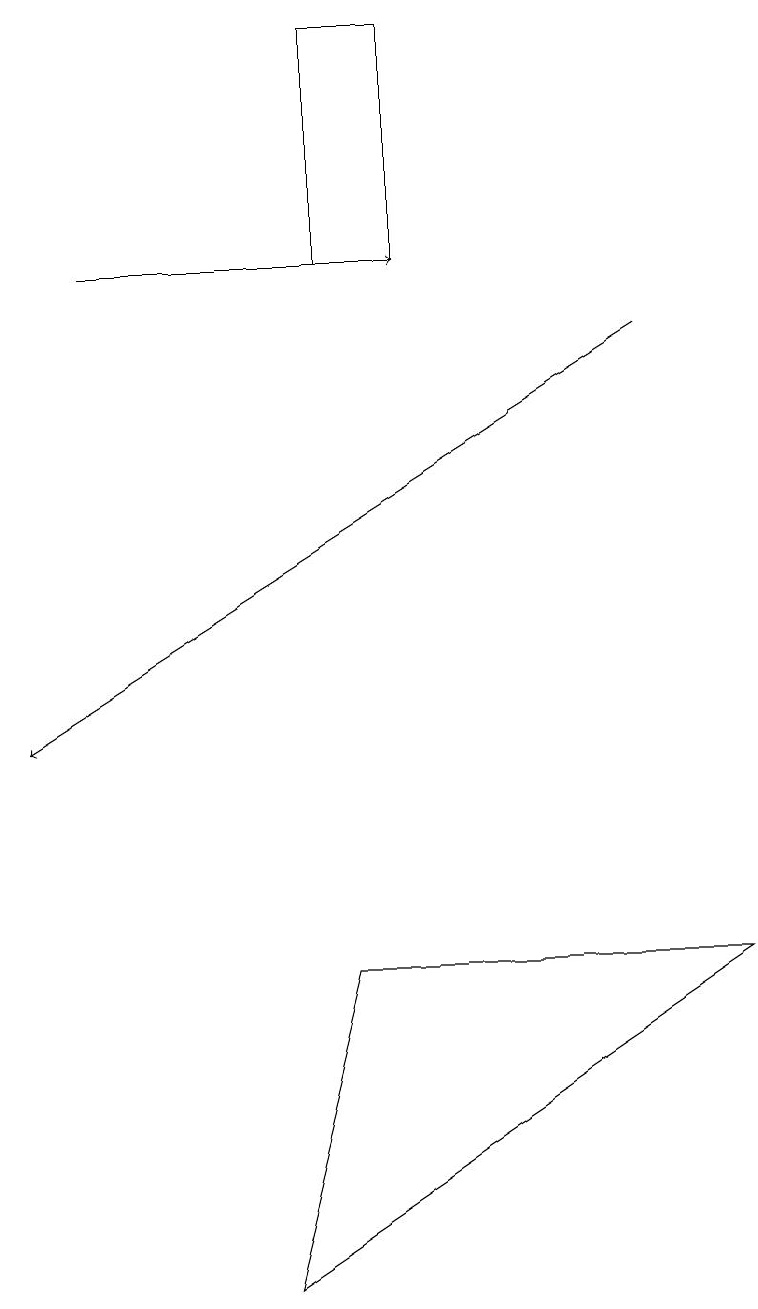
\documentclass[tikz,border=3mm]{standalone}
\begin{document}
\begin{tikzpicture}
\draw (4,16) rectangle (5,19);
\draw[->] (8,15) -- (0,10);
\draw[->] (1,16) -- (5,16);
\draw (3,3) -- (9,7) -- (4,7) -- cycle;
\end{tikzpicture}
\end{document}